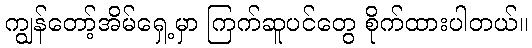
ကျွန်တော့်အိမ်ရှေ့မှာ ကြက်ဆူပင်တွေ စိုက်ထားပါတယ်။